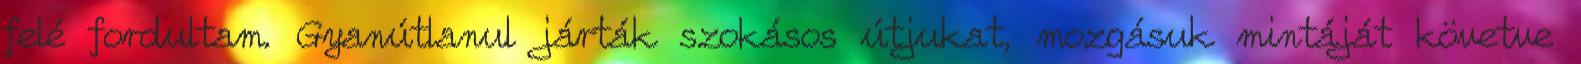
felé fordultam. Gyanútlanul járták szokásos útjukat, mozgásuk mintáját követve